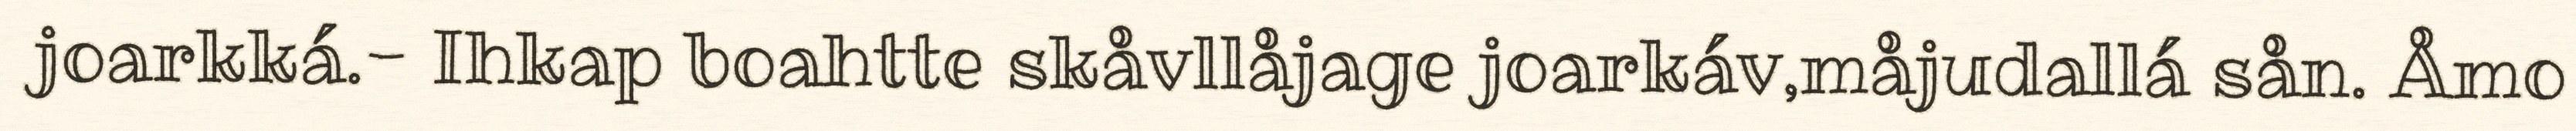
joarkká.- Ihkap boahtte skåvllåjage joarkáv,måjudallá sån. Åmo